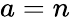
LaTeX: a=n